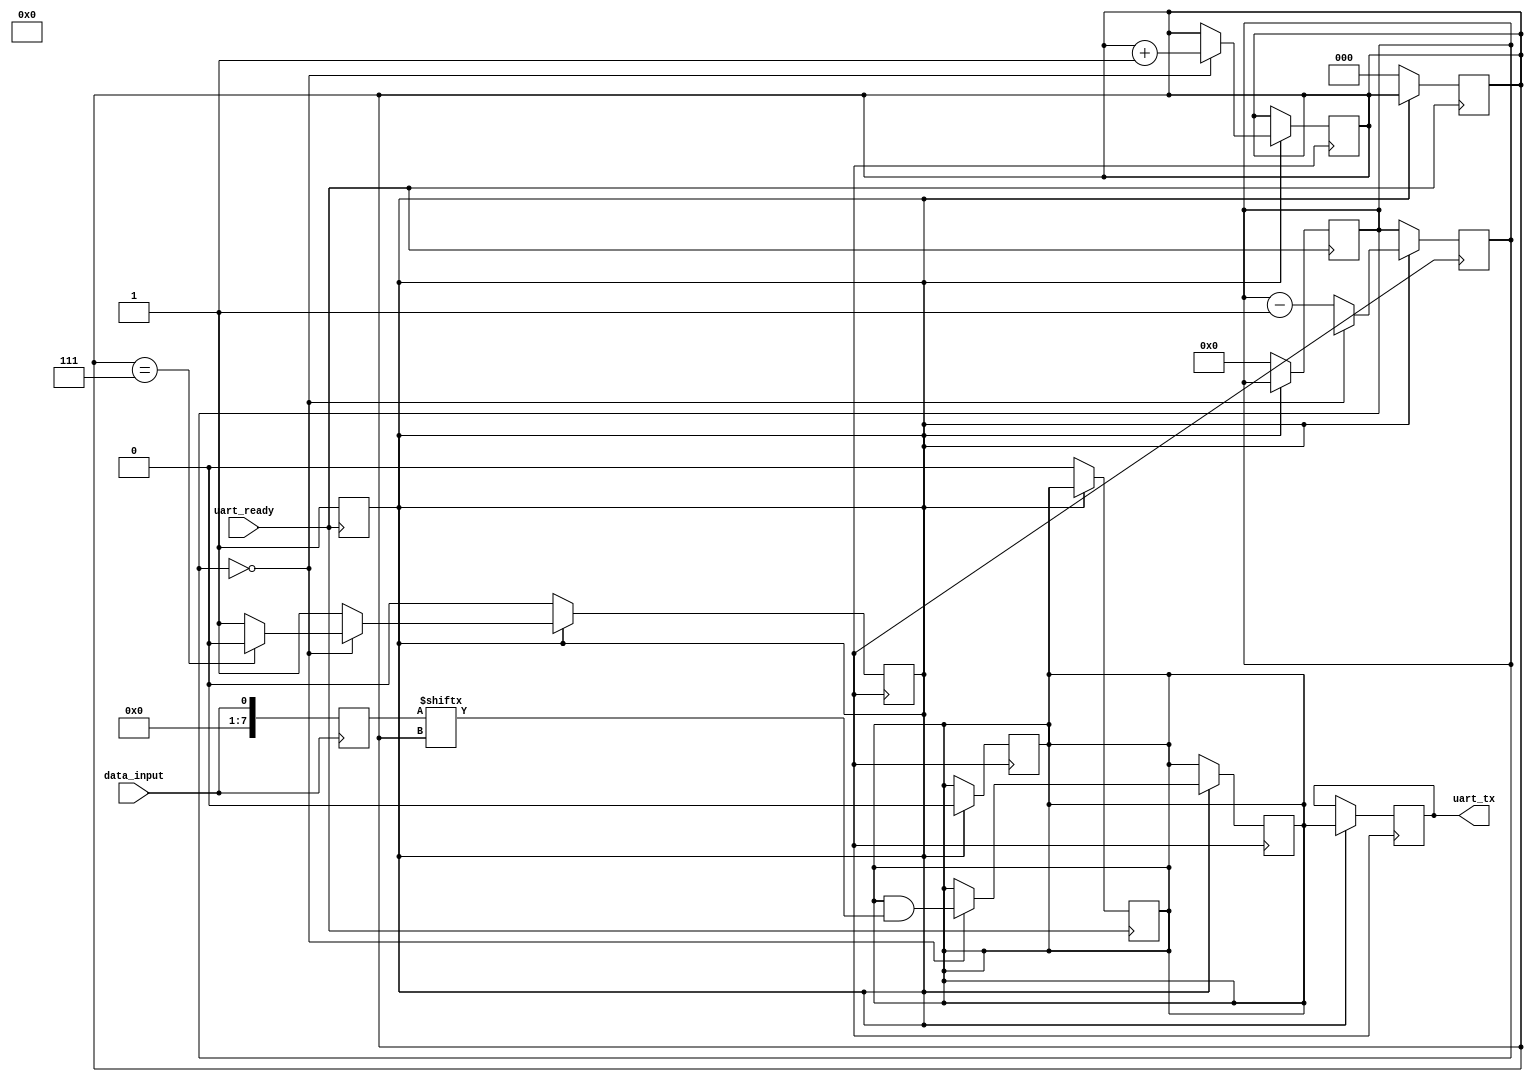
module uart_transmitter (
    input wire data_input,
    input wire uart_ready,
    output reg uart_tx
);

reg [7:0] data_buffer;
reg transmit_enable;
reg [11:0] baud_counter;
reg [2:0] bit_counter;
reg shift_register;

// Data buffer block
always @(posedge data_input)
begin
    data_buffer <= data_input;
end

// Control logic block
always @(posedge uart_ready)
begin
    if (!transmit_enable)
    begin
        transmit_enable <= 1;
        baud_counter <= 0;
        bit_counter <= 0;
        shift_register <= 0;
    end
end

// Baud rate generator block
always @(posedge clk)
begin
    if (transmit_enable)
    begin
        if (baud_counter == 0)
        begin
            baud_counter <= baud_rate_value;
            shift_register <= shift_register & data_buffer[bit_counter];
            bit_counter <= bit_counter + 1;
            
            if (bit_counter == 7)
            begin
                transmit_enable <= 0;
            end
        end
        else
        begin
            baud_counter <= baud_counter - 1;
        end
    end
end

// Shift register block
always @(posedge clk)
begin
    if (transmit_enable)
    begin
        uart_tx <= shift_register[0];
        shift_register <= {shift_register[6:0], 1'b0};
    end
end

endmodule